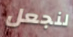
لنجعل